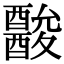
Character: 𨣪